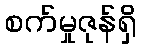
စက်မှုဇုန်ရှိ